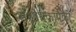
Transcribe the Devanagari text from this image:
संशोधकांपैकी